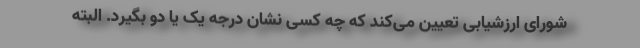
شورای ارزشیابی تعیین می‌کند که چه کسی نشان درجه یک یا دو بگیرد. البته